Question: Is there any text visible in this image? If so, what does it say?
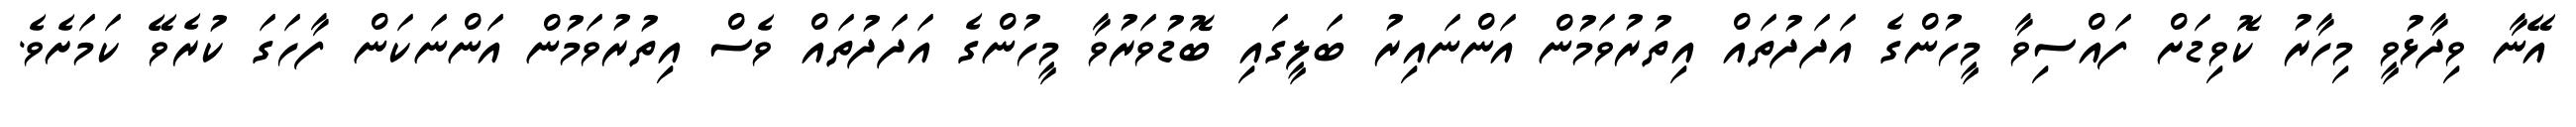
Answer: އޭނާ ވިދާޅުވީ މިހާރު ކޮވިޑަށް ފައްސިވާ މީހުންގެ އަދަދުތައް އިތުރުވަމުން އަންނައިރު ބަލީގައި ބޮޑުވަރުވާ މީހުންގެ އަދަދުތައް ވެސް އިތުރުވަމުން އަންނަކަން ފާހަގަ ކުރެވޭ ކަމަށެވެ.